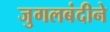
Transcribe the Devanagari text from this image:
जुगलबंदीने